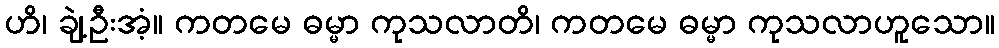
ဟိ၊ ချဲ့ဦးအံ့။ ကတမေ ဓမ္မာ ကုသလာတိ၊ ကတမေ ဓမ္မာ ကုသလာဟူသော။